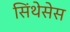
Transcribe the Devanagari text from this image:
सिंथेसेस